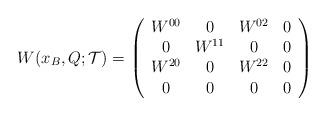
LaTeX: \begin{align*}W(x_B,Q;{\mathcal T})=\left(\begin{array}{cccc}W^{00}&0&W^{02}&0\\0&W^{11}&0&0\\W^{20}&0&W^{22}&0\\0&0&0&0\\\end{array}\right)\end{align*}